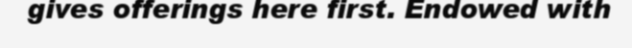
gives offerings here first. Endowed with